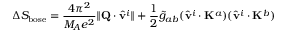
\Delta S _ { \mathrm { b o s e } } = \frac { 4 \pi ^ { 2 } } { M _ { A } e ^ { 2 } } \| { \bf Q } \cdot \hat { \bf v } ^ { i } \| + \frac { 1 } { 2 } \tilde { g } _ { a b } ( \hat { \bf v } ^ { i } \cdot { \bf K } ^ { a } ) ( \hat { \bf v } ^ { i } \cdot { \bf K } ^ { b } )